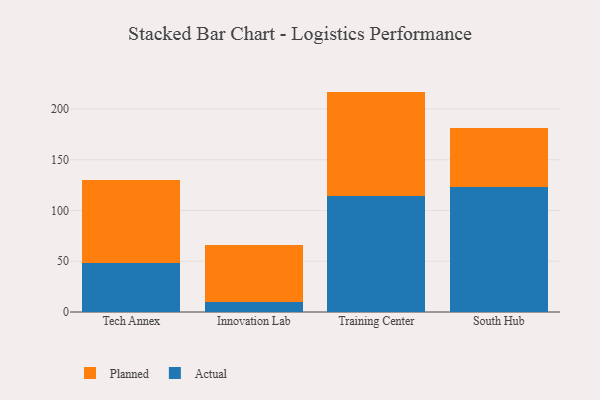
{"axis": {"x": "Campus", "y": "Revenue (USD Million)"}, "legend": ["Actual", "Planned"], "data": [{"x": "Tech Annex", "y": 47.8, "type": "Actual"}, {"x": "Tech Annex", "y": 82.5, "type": "Planned"}, {"x": "Innovation Lab", "y": 10.1, "type": "Actual"}, {"x": "Innovation Lab", "y": 55.5, "type": "Planned"}, {"x": "Training Center", "y": 114.0, "type": "Actual"}, {"x": "Training Center", "y": 103.1, "type": "Planned"}, {"x": "South Hub", "y": 123.4, "type": "Actual"}, {"x": "South Hub", "y": 57.7, "type": "Planned"}]}